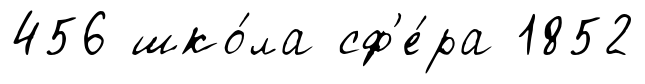
456 шко́ла сф'е́ра 1852